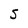
Character: S